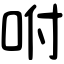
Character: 咐